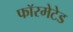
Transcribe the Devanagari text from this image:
फॉरमेटेड